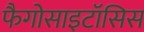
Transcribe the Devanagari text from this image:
फैगोसाइटॉसिस